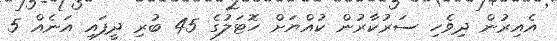
އެއިރުން ދިވެހި ސަރުކާރުން ކުއްޔަށް ހޮޓަލުގެ 45 ބުރި ދީފައި އަނެއް 5